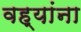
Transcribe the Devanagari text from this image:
वह्यांना